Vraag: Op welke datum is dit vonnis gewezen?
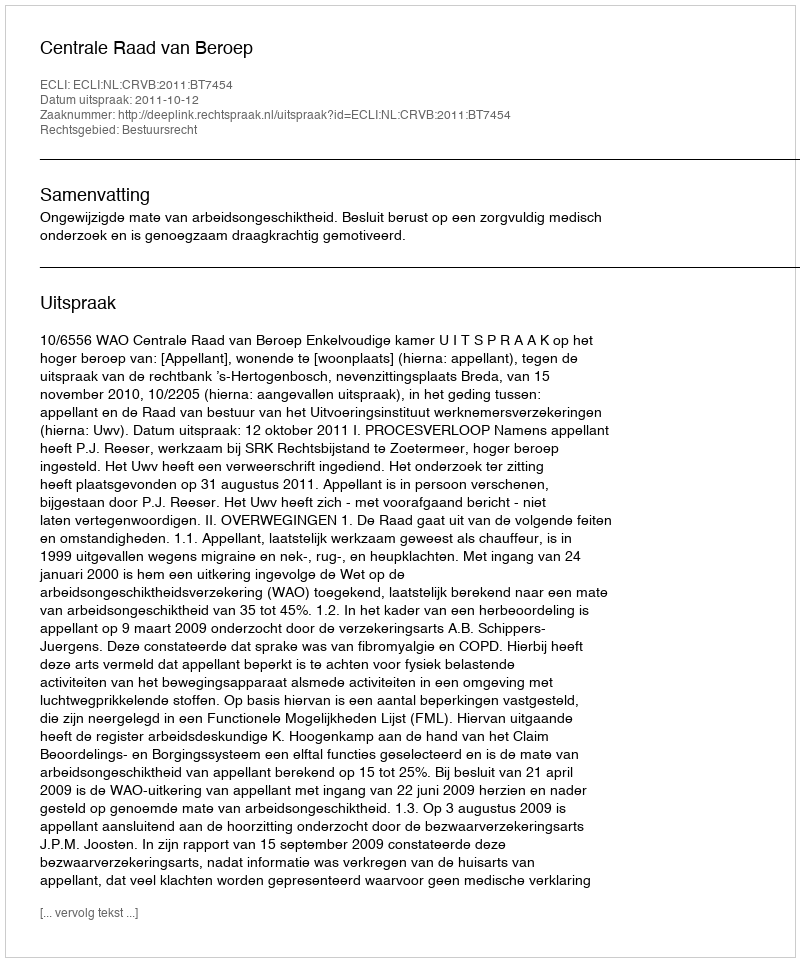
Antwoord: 2011-10-12